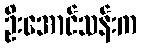
ဦးအောင်သန်းက